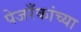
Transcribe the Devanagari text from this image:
पेजरँकांच्या